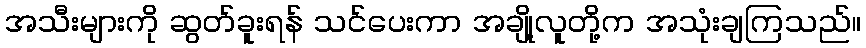
အသီးများကို ဆွတ်ခူးရန် သင်ပေးကာ အချို့လူတို့က အသုံးချကြသည်။